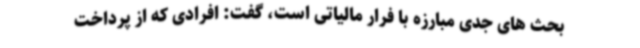
بحث های جدی مبارزه با فرار مالیاتی است، گفت: افرادی که از پرداخت